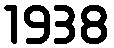
1938